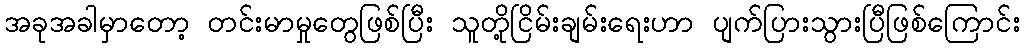
အခုအခါမှာတော့ တင်းမာမှုတွေဖြစ်ပြီး သူတို့ငြိမ်းချမ်းရေးဟာ ပျက်ပြားသွားပြီဖြစ်ကြောင်း